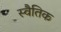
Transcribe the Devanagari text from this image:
स्वैतिक